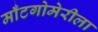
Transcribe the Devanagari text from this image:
माँटगोमेरीला